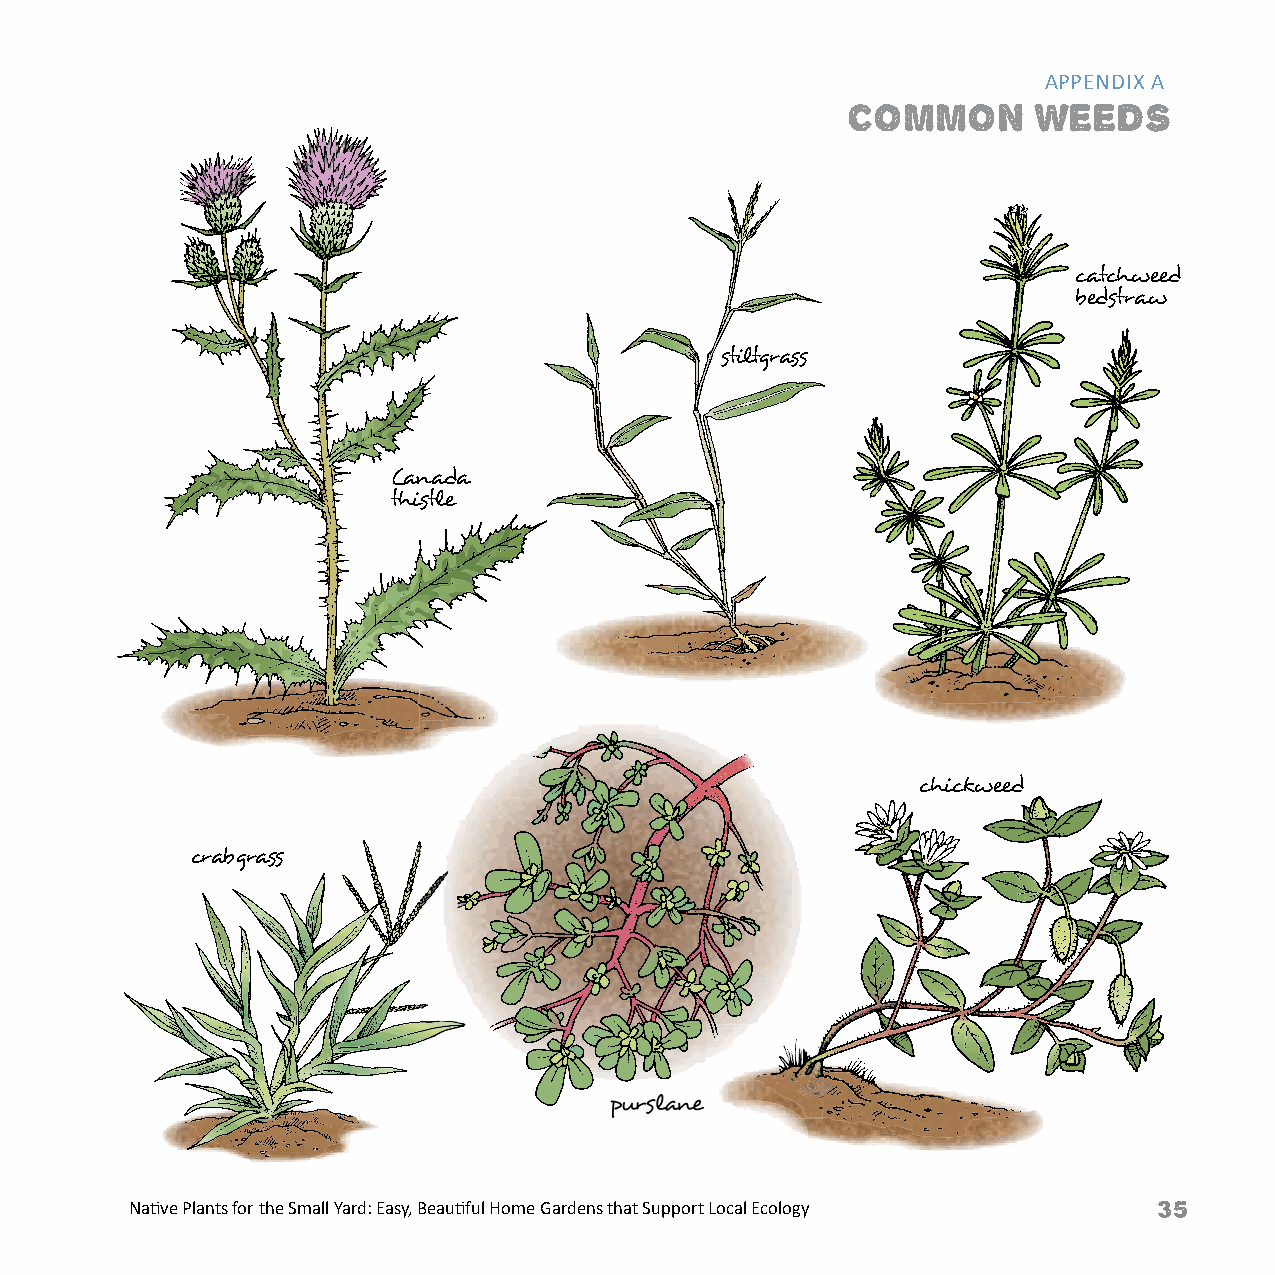
APPENDIX A
 COMMON       WEEDS
 catchweed
 bedstraw
 stiltgrass
 Canada
 thistle
 chickweed
 crabgrass
 purslane
 Native Plants for the Small Yard: Easy, Beautiful Home Gardens that Support Local Ecology Native Plants for the Small Yard: Easy, Beautiful Home Gardens that Support Local Ecology 35